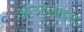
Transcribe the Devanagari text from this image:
आउटलाइंस